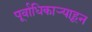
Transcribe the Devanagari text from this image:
पूर्वाधिकार्‍याहून